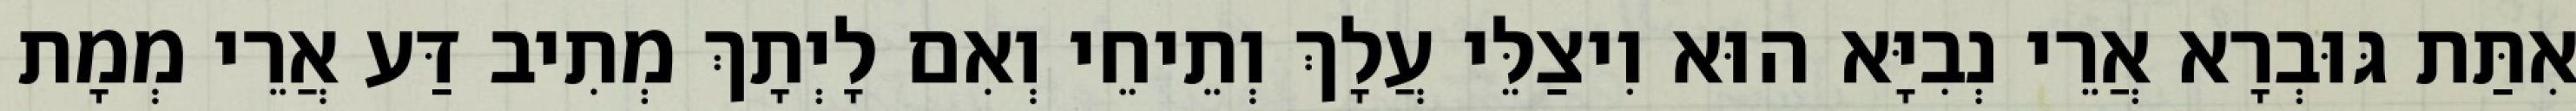
אִתַּת גּוּבְרָא אֲרֵי נְבִיָּא הוּא וִיצַלֵּי עֲלָךְ וְתֵיחֵי וְאִם לָיְתָךְ מְתִיב דַּע אֲרֵי מְמָת